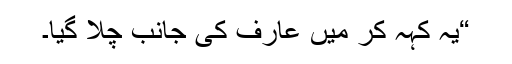
“یہ کہہ کر میں عارف کی جانب چلا گیا۔